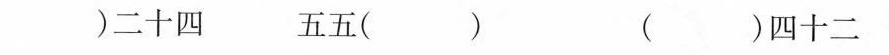
( )二十四 五五( ) （ ）四十二